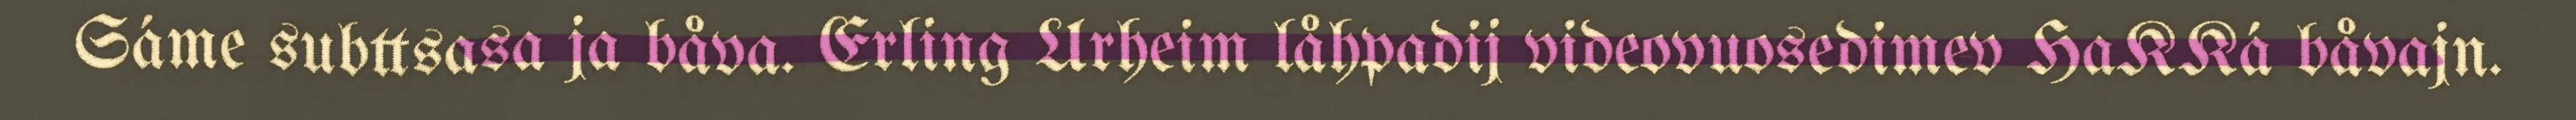
Sáme subttsasa ja båva. Erling Urheim låhpadij videovuosedimev HaKKá båvajn.